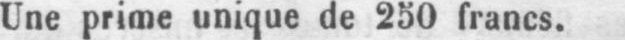
Une prime unique de 250 francs.